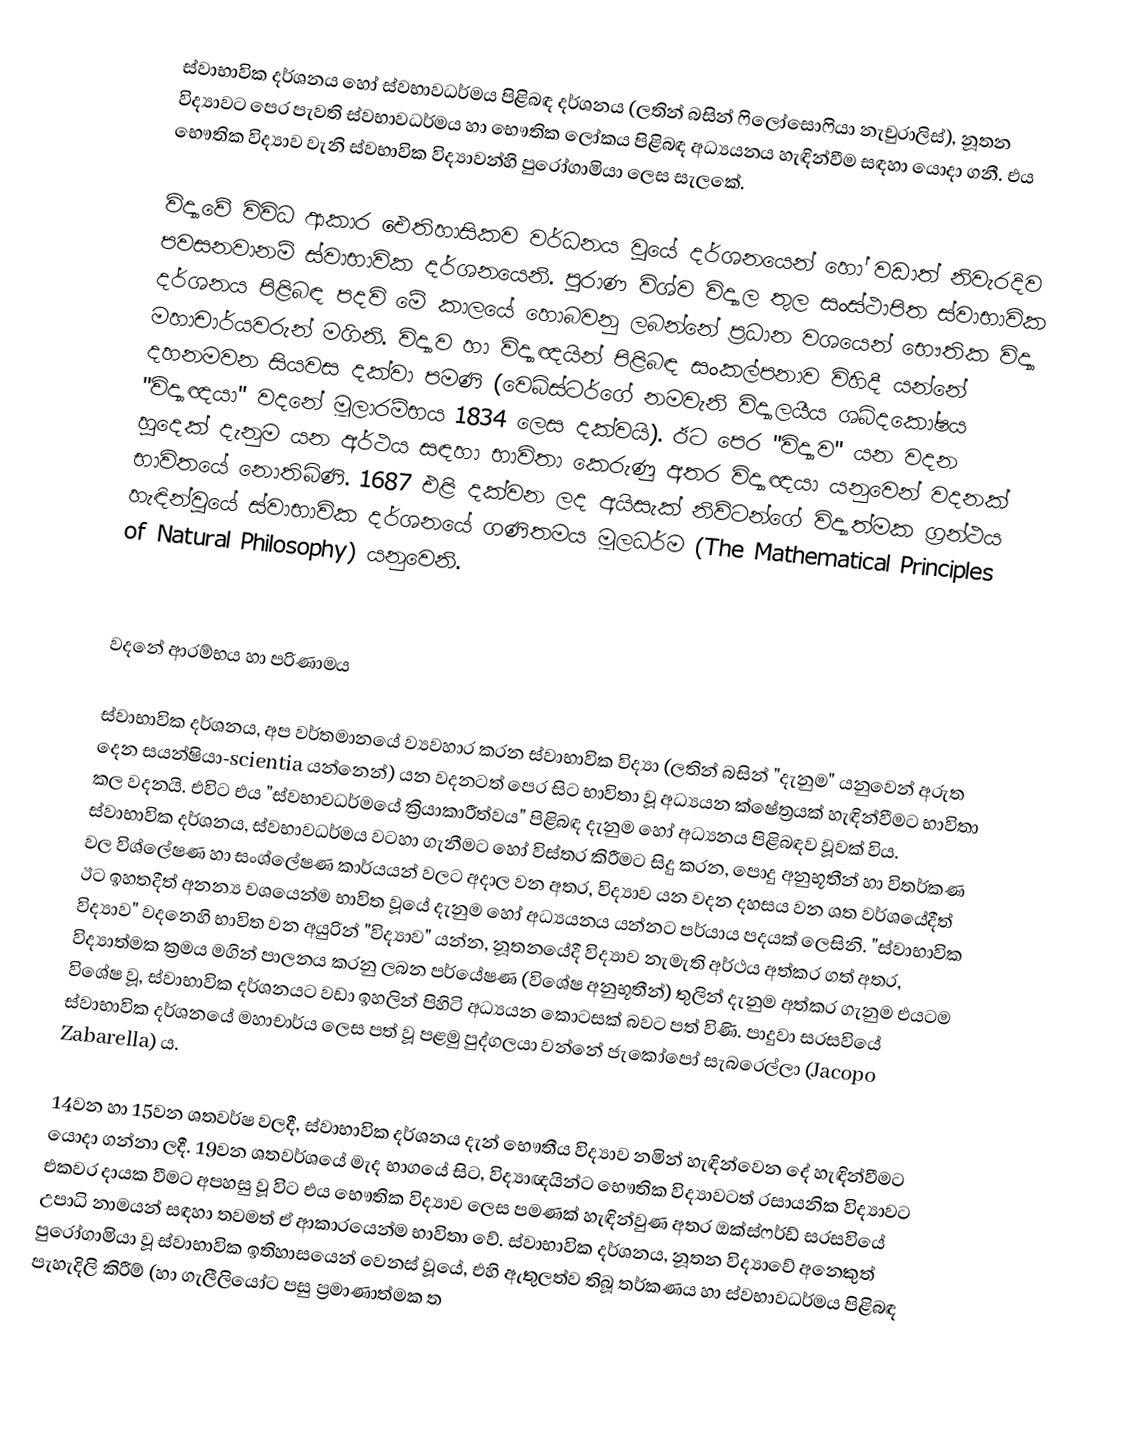
ස්වාභාවික දර්ශනය හෝ ස්වභාවධර්මය පිළිබඳ දර්ශනය (ලතින් බසින් ෆිලෝසොෆියා නැචුරාලිස්), නූතන විද්‍යාවට පෙර පැවති ස්වභාවධර්මය හා භෞතික ලෝකය පිළිබඳ අධ්‍යයනය හැඳින්වීම සඳහා යොදා ගනී. එය භෞතික විද්‍යාව වැනි ස්වභාවික විද්‍යාවන්හි පුරෝගාමියා ලෙස සැලකේ.

විද්‍යාවේ විවිධ ආකාර ඓතිහාසිකව වර්ධනය වූයේ දර්ශනයෙන් හෝ වඩාත් නිවැරදිව පවසනවානම් ස්වාභාවික දර්ශනයෙනි. පුරාණ විශ්ව විද්‍යාල තුල සංස්ථාපිත ස්වාභාවික දර්ශනය පිළිබඳ පදවි මේ කාලයේ හොබවනු ලබන්නේ ප්‍රධාන වශයෙන් භෞතික විද්‍යා මහාචාර්යවරුන් මගිනි. විද්‍යාව හා විද්‍යාඥයින් පිළිබඳ සංකල්පනාව විහිදී යන්නේ දහනමවන සියවස දක්වා පමණි (වෙබ්ස්ටර්ගේ නමවැනි විද්‍යාලයීය ශබ්දකෝෂය "විද්‍යාඥයා" වදනේ මූලාරම්භය 1834 ලෙස දක්වයි). ඊට පෙර "විද්‍යාව" යන වදන හුදෙක් දැනුම යන අර්ථය සඳහා භාවිතා කෙරුණු අතර විද්‍යාඥයා යනුවෙන් වදනක් භාවිතයේ නොතිබිණි. 1687 එළි දක්වන ලද අයිසැක් නිව්ටන්ගේ විද්‍යාත්මක ග්‍රන්ථය හැඳින්වූයේ ස්වාභාවික දර්ශනයේ ගණිතමය මූලධර්ම (The Mathematical Principles of Natural Philosophy) යනුවෙනි.

වදනේ ආරම්භය හා පරිණාමය

ස්වාභාවික දර්ශනය, අප වර්තමානයේ ව්‍යවහාර කරන ස්වාභාවික විද්‍යා (ලතින් බසින් "දැනුම" යනුවෙන් අරුත දෙන සයන්ෂියා-scientia යන්නෙන්) යන වදනටත් පෙර සිට භාවිතා වූ අධ්‍යයන ක්ෂේත්‍රයක් හැඳින්වීමට භාවිතා කල වදනයි. එවිට එය "ස්වභාවධර්මයේ ක්‍රියාකාරීත්වය" පිළිබඳ දැනුම හෝ අධ්‍යනය පිළිබඳව වූවක් විය. ස්වාභාවික දර්ශනය, ස්වභාවධර්මය වටහා ගැනීමට හෝ විස්තර කිරීමට සිදු කරන, පොදු අනුභූතීන් හා විතර්කණ වල විශ්ලේෂණ හා සංශ්ලේෂණ කාර්යයන් වලට අදාල වන අතර, විද්‍යාව යන වදන දහසය වන ශත වර්ශයේදීත් ඊට ඉහතදීත් අනන්‍ය වශයෙන්ම භාවිත වූයේ දැනුම හෝ අධ්‍යයනය යන්නට පර්යාය පදයක් ලෙසිනි. "ස්වාභාවික විද්‍යාව" වදනෙහි භාවිත වන අයුරින් "විද්‍යාව" යන්න, නූතනයේදී විද්‍යාව නැමැති අර්ථය අත්කර ගත් අතර, විද්‍යාත්මක ක්‍රමය මගින් පාලනය කරනු ලබන පර්යේෂණ (විශේෂ අනුභූතීන්) තුලින් දැනුම අත්කර ගැනුම එයටම විශේෂ වූ, ස්වාභාවික දර්ශනයට වඩා ඉහලින් පිහිටි අධ්‍යයන කොටසක් බවට පත් විණි. පාදුවා සරසවියේ ස්වාභාවික දර්ශනයේ මහාචාර්ය ලෙස පත් වූ පළමු පුද්ගලයා වන්නේ ජැකෝපෝ සැබරෙල්ලා (Jacopo Zabarella) ය.

14වන හා 15වන ශතවර්ෂ වලදී, ස්වාභාවික දර්ශනය දැන් භෞතීය විද්‍යාව නමින් හැඳින්වෙන දේ හැඳින්වීමට යොදා ගන්නා ලදී. 19වන ශතවර්ශයේ මැද භාගයේ සිට, විද්‍යාඥයින්ට භෞතික විද්‍යාවටත් රසායනික විද්‍යාවට එකවර දායක වීමට අපහසු වූ විට එය භෞතික විද්‍යාව ලෙස පමණක් හැඳින්වුණ අතර ඔක්ස්ෆර්ඩ් සරසවියේ උපාධි නාමයන් සඳහා තවමත් ඒ ආකාරයෙන්ම භාවිතා වේ. ස්වාභාවික දර්ශනය, නූතන විද්‍යාවේ අනෙකුත් පුරෝගාමියා වූ ස්වාභාවික ඉතිහාසයෙන් වෙනස් වූයේ, එහි ඇතුලත්ව තිබූ තර්කණය හා ස්වභාවධර්මය පිළිබඳ පැහැදිලි කිරීම් (හා ගැලීලියෝට පසු ප්‍රමාණාත්මක ත